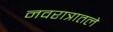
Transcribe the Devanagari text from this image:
नवरात्रातले